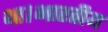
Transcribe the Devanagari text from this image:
था।भारतीय